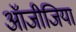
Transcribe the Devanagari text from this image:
ऑजीजिया